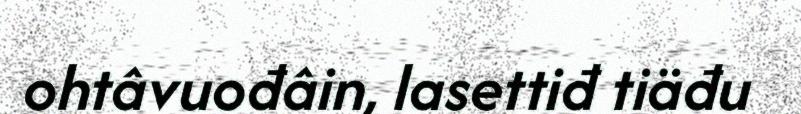
ohtâvuođâin, lasettiđ tiäđu